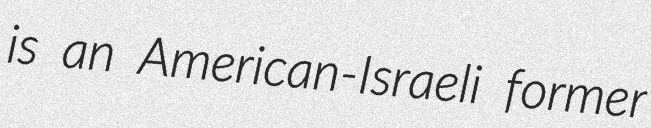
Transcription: is an American-Israeli former